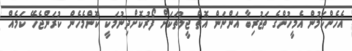
އެހެންކަމުން އެމީހުންގެ ތަޖުރިބާ އަންނަން އޮތް ޖީލުތަކަށް ފޯރުކޮށްދިނުމަކީ ކޮންމެހެން ކުރަންޖެހޭ ކަމެއް